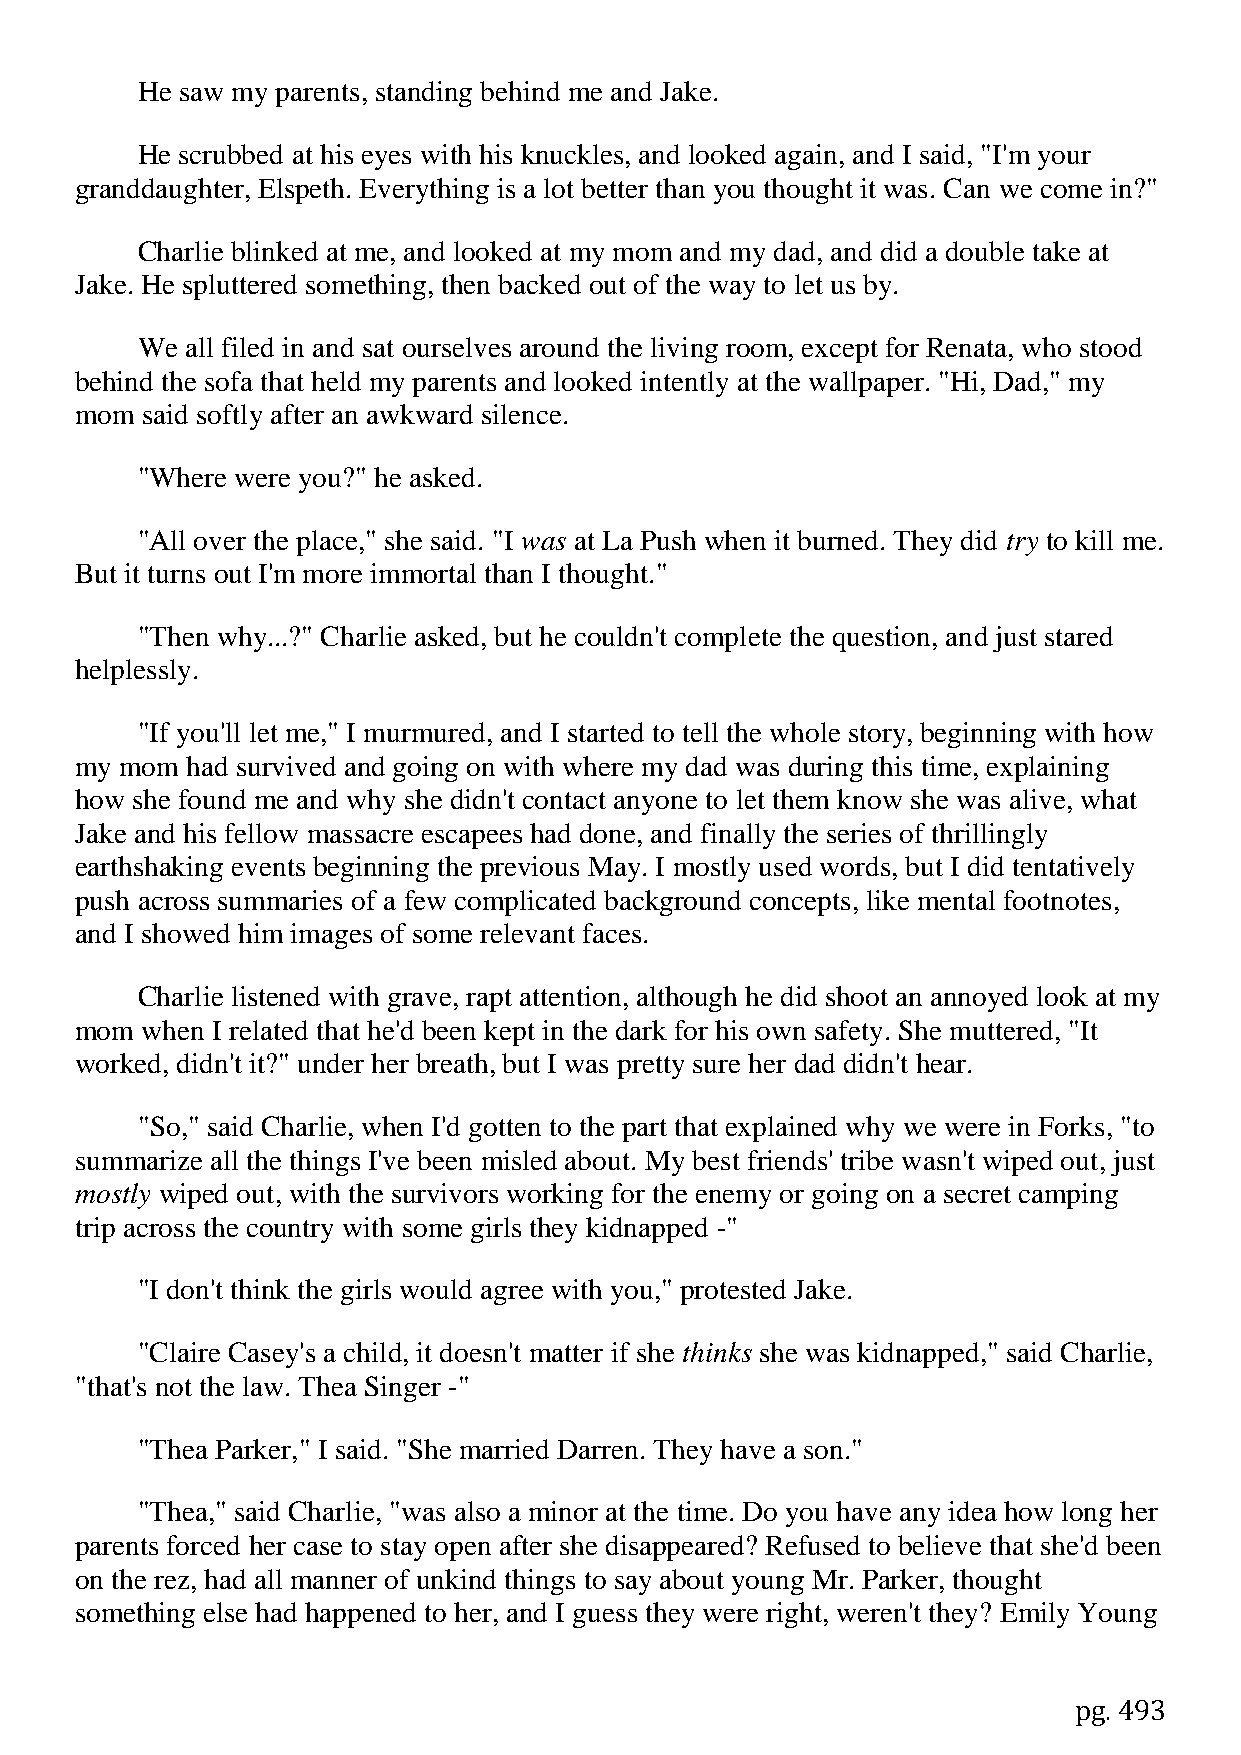
He saw my parents, standing behind me and Jake.
 He scrubbed at his eyes with his knuckles, and looked again, and I said, "I'm your
 granddaughter, Elspeth. Everything is a lot better than you thought it was. Can we come in?"
 Charlie blinked at me, and looked at my mom and my dad, and did a double take at
 Jake. He spluttered something, then backed out of the way to let us by.
 We all filed in and sat ourselves around the living room, except for Renata, who stood
 behind the sofa that held my parents and looked intently at the wallpaper. "Hi, Dad," my
 mom said softly after an awkward silence.
 "Where were you?" he asked.
 "All over the place," she said. "I was at La Push when it burned. They did try to kill me.
 But it turns out I'm more immortal than I thought."
 "Then why...?" Charlie asked, but he couldn't complete the question, and just stared
 helplessly.
 "If you'll let me," I murmured, and I started to tell the whole story, beginning with how
 my mom had survived and going on with where my dad was during this time, explaining
 how she found me and why she didn't contact anyone to let them know she was alive, what
 Jake and his fellow massacre escapees had done, and finally the series of thrillingly
 earthshaking events beginning the previous May. I mostly used words, but I did tentatively
 push across summaries of a few complicated background concepts, like mental footnotes,
 and I showed him images of some relevant faces.
 Charlie listened with grave, rapt attention, although he did shoot an annoyed look at my
 mom when I related that he'd been kept in the dark for his own safety. She muttered, "It
 worked, didn't it?" under her breath, but I was pretty sure her dad didn't hear.
 "So," said Charlie, when I'd gotten to the part that explained why we were in Forks, "to
 summarize all the things I've been misled about. My best friends' tribe wasn't wiped out, just
 mostly wiped out, with the survivors working for the enemy or going on a secret camping
 trip across the country with some girls they kidnapped -"
 "I don't think the girls would agree with you," protested Jake.
 "Claire Casey's a child, it doesn't matter if she thinks she was kidnapped," said Charlie,
 "that's not the law. Thea Singer -"
 "Thea Parker," I said. "She married Darren. They have a son."
 "Thea," said Charlie, "was also a minor at the time. Do you have any idea how long her
 parents forced her case to stay open after she disappeared? Refused to believe that she'd been
 on the rez, had all manner of unkind things to say about young Mr. Parker, thought
 something else had happened to her, and I guess they were right, weren't they? Emily Young
 pg. 493